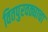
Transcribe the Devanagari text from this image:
वितपुरवठ्याचा